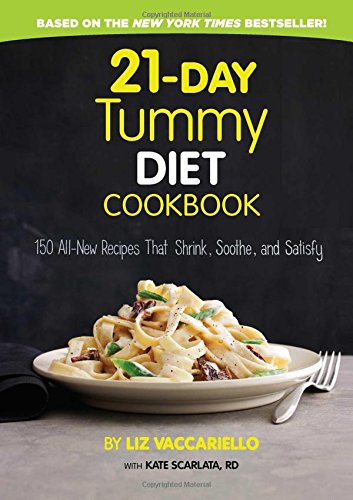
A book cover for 21-Day Tummy Diet Cookbook: 150 All-New Recipes that Shrink, Soothe and Satisfy; Liz Vaccariello; Cookbooks, Food & Wine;